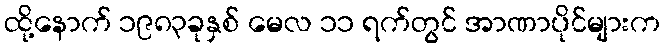
ထို့နောက် ၁၉၈၃ခုနှစ် မေလ ၁၁ ရက်တွင် အာဏာပိုင်များက